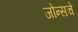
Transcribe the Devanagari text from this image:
जोन्सचे